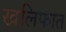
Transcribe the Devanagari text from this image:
खलिफात